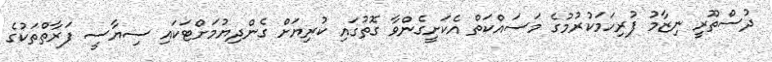
ދުސްތޫރީ ނިޒާމު ފުރިހަމަކުރުމުގެ މަސައްކަތް އެކަށީގެންވާ ގޮތުގައި ކުރިޔަށް ގެންދިޔުމަށްޓަކައި ސިޔާސީ ފަރާތްތަކުގެ